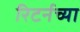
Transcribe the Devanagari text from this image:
रिटर्नच्या